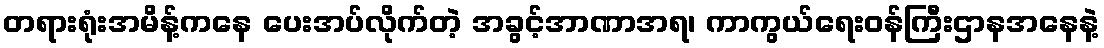
တရားရုံးအမိန့်ကနေ ပေးအပ်လိုက်တဲ့ အခွင့်အာဏာအရ၊ ကာကွယ်ရေးဝန်ကြီးဌာနအနေနဲ့